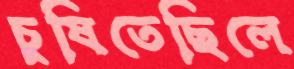
চুষিতেছিলে